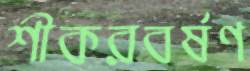
শীকরবর্ষণ